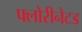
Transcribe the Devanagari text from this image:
फ्लोरीनेटड